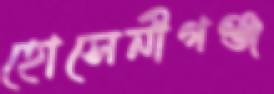
হোসেনীগঞ্জ